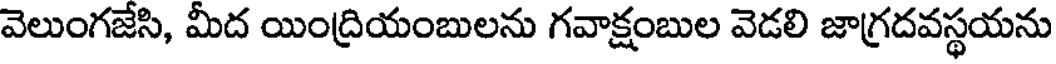
వెలుంగజేసి, మీద యింద్రియంబులను గవాక్షంబుల వెడలి జాగ్రదవస్థయను